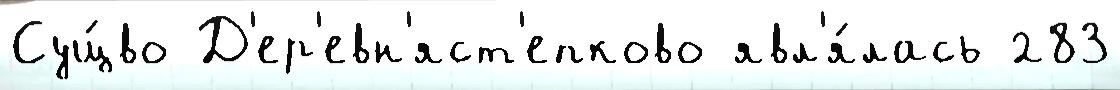
Сущ́во Д'ер'евн'яст'епково явл'я́лась 283